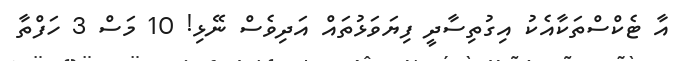
އާ ޓެކްސްތަކާއެކު އިގުތިސާދީ ފިޔަވަޅުތައް އަދިވެސް ނޭޅި! 10 މަސް 3 ހަފްތާ